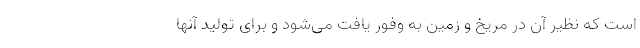
است که نظیر آن در مریخ و زمین به وفور یافت می‌شود و برای تولید آنها